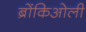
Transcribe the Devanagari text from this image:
ब्रोंकिओली